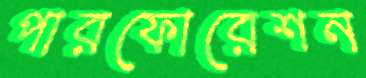
পারফোরেশন